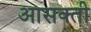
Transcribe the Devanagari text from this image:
आसक्‍ती